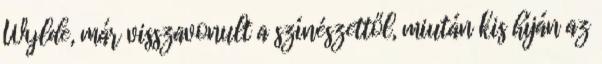
Wylde, már visszavonult a színészettől, miután kis híján az